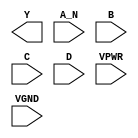
/**
 * Copyright 2020 The SkyWater PDK Authors
 *
 * Licensed under the Apache License, Version 2.0 (the "License");
 * you may not use this file except in compliance with the License.
 * You may obtain a copy of the License at
 *
 *     https://www.apache.org/licenses/LICENSE-2.0
 *
 * Unless required by applicable law or agreed to in writing, software
 * distributed under the License is distributed on an "AS IS" BASIS,
 * WITHOUT WARRANTIES OR CONDITIONS OF ANY KIND, either express or implied.
 * See the License for the specific language governing permissions and
 * limitations under the License.
 *
 * SPDX-License-Identifier: Apache-2.0
 */

`ifndef SKY130_FD_SC_HS__NAND4B_PP_BLACKBOX_V
`define SKY130_FD_SC_HS__NAND4B_PP_BLACKBOX_V

/**
 * nand4b: 4-input NAND, first input inverted.
 *
 * Verilog stub definition (black box with power pins).
 *
 * WARNING: This file is autogenerated, do not modify directly!
 */

`timescale 1ns / 1ps
`default_nettype none

(* blackbox *)
module sky130_fd_sc_hs__nand4b (
    Y   ,
    A_N ,
    B   ,
    C   ,
    D   ,
    VPWR,
    VGND
);

    output Y   ;
    input  A_N ;
    input  B   ;
    input  C   ;
    input  D   ;
    input  VPWR;
    input  VGND;
endmodule

`default_nettype wire
`endif  // SKY130_FD_SC_HS__NAND4B_PP_BLACKBOX_V